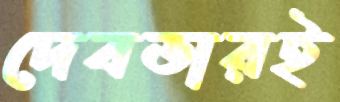
দেবতারই